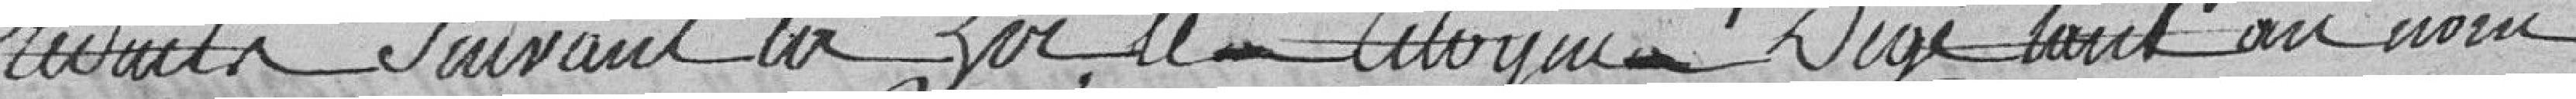
reduits en suivant la loi, le citoyen Degé tout au nom